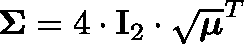
\mathbf { \Sigma } = 4 \cdot \mathbf { I } _ { 2 } \cdot \sqrt { \boldsymbol { \mu } } ^ { T }